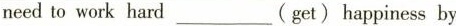
need to work hard___(get) happiness by